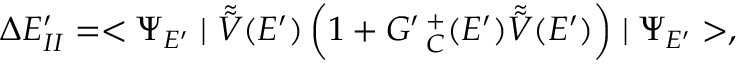
\Delta E _ { I I } ^ { \prime } = < \Psi _ { E ^ { \prime } } \mid \tilde { \tilde { V } } ( E ^ { \prime } ) \left( 1 + G ^ { \prime } \, _ { C } ^ { + } ( E ^ { \prime } ) \tilde { \tilde { V } } ( E ^ { \prime } ) \right) \mid \Psi _ { E ^ { \prime } } > ,